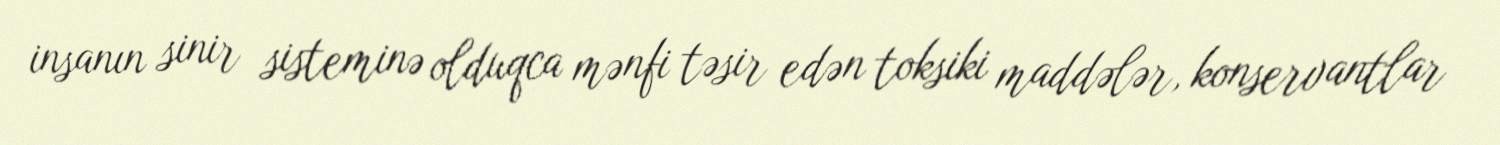
insanın sinir sisteminə olduqca mənfi təsir edən toksiki maddələr, konservantlar